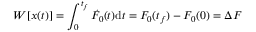
W [ { \boldsymbol { x } } ( t ) ] = \int _ { 0 } ^ { t _ { f } } \dot { F _ { 0 } } ( t ) \mathrm { d } t = F _ { 0 } ( t _ { f } ) - F _ { 0 } ( 0 ) = \Delta F